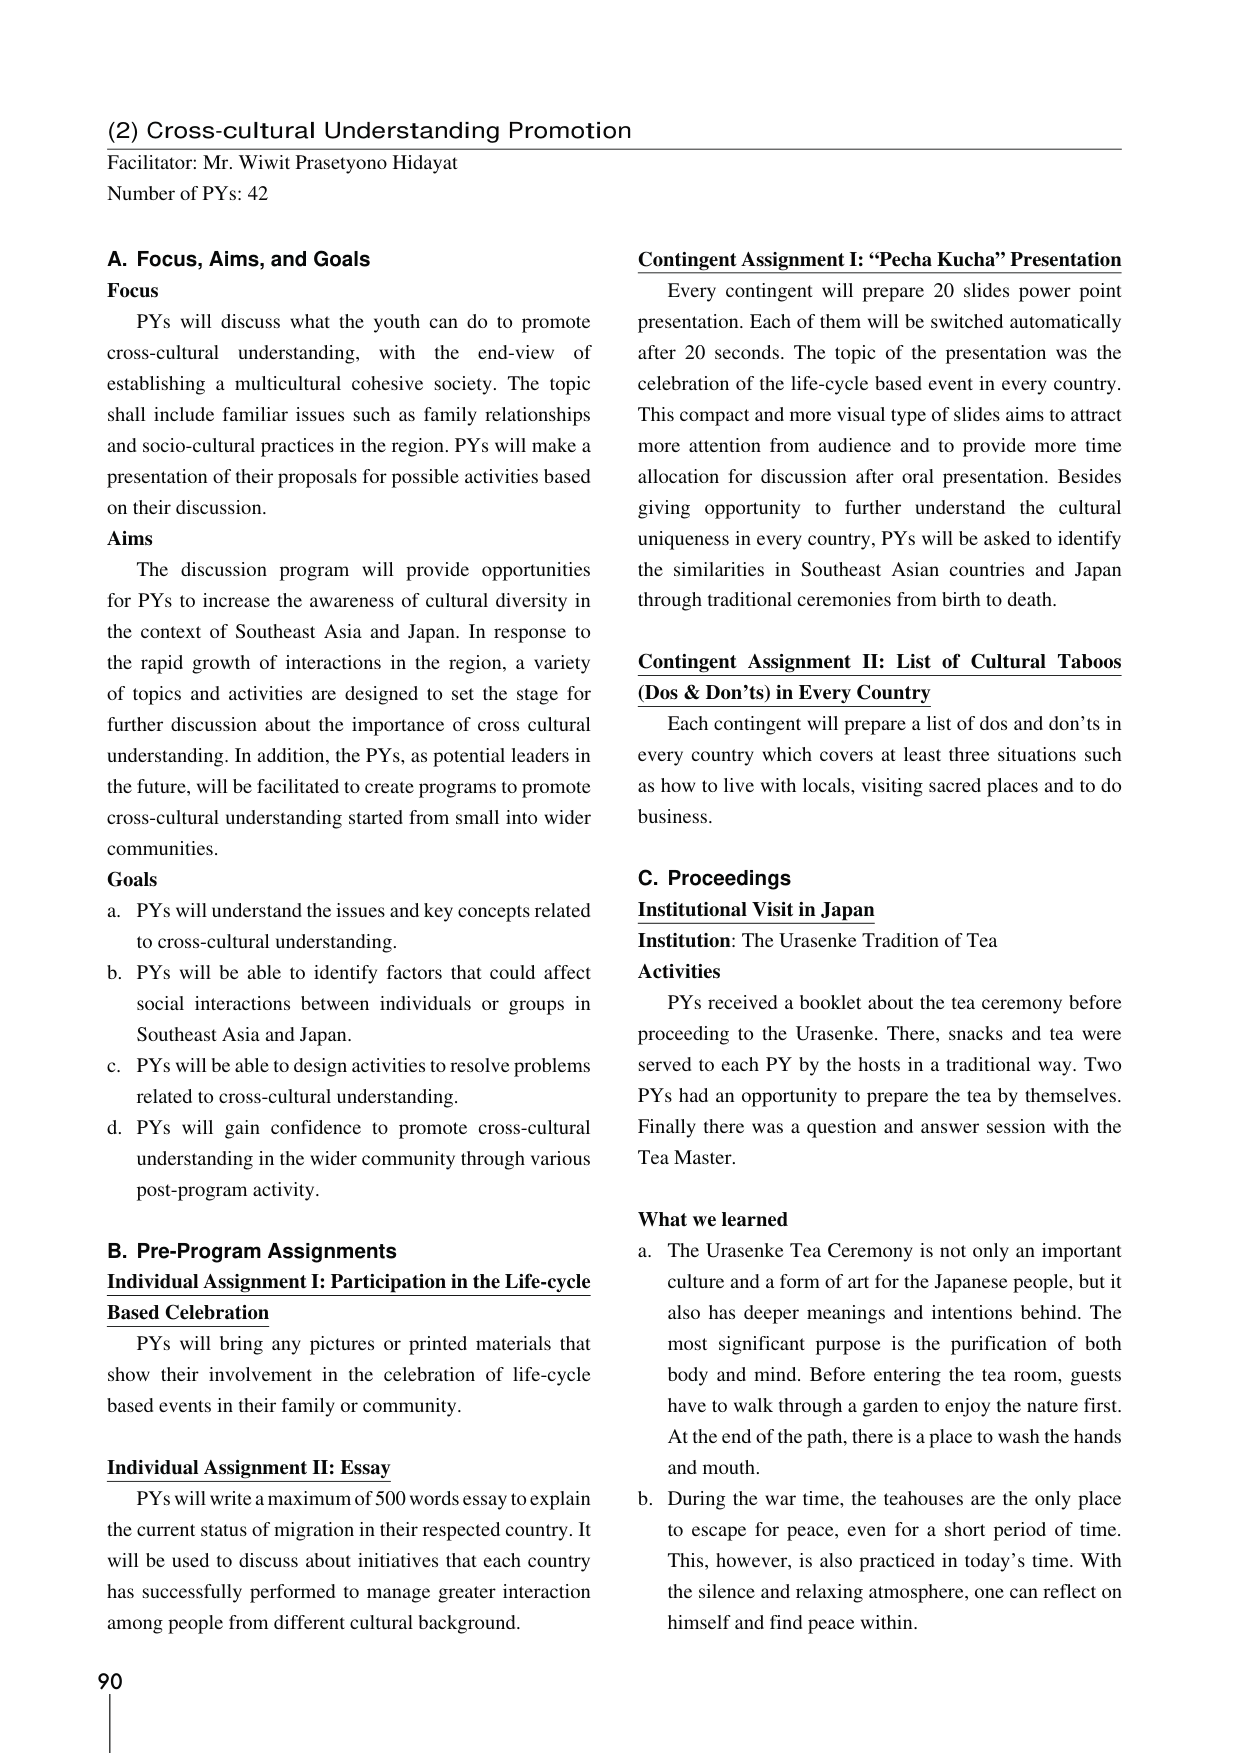
(2) Cross-cultural Understanding Promotion
Facilitator: Mr. Wiwit Prasetyono Hidayat
Number of PYs: 42

A. Focus, Aims, and Goals
Focus
PYs will discuss what the youth can do to promote cross-cultural understanding, with the end-view of establishing a multicultural cohesive society. The topic shall include familiar issues such as family relationships and socio-cultural practices in the region. PYs will make a presentation of their proposals for possible activities based on their discussion.

Aims
The discussion program will provide opportunities for PYs to increase the awareness of cultural diversity in the context of Southeast Asia and Japan. In response to the rapid growth of interactions in the region, a variety of topics and activities are designed to set the stage for further discussion about the importance of cross cultural understanding. In addition, the PYs, as potential leaders in the future, will be facilitated to create programs to promote cross-cultural understanding started from small into wider communities.

Goals
a. PYs will understand the issues and key concepts related to cross-cultural understanding.
b. PYs will be able to identify factors that could affect social interactions between individuals or groups in Southeast Asia and Japan.
c. PYs will be able to design activities to resolve problems related to cross-cultural understanding.
d. PYs will gain confidence to promote cross-cultural understanding in the wider community through various post-program activity.

B. Pre-Program Assignments
Individual Assignment I: Participation in the Life-cycle Based Celebration
PYs will bring any pictures or printed materials that show their involvement in the celebration of life-cycle based events in their family or community.

Individual Assignment II: Essay
PYs will write a maximum of 500 words essay to explain the current status of migration in their respected country. It will be used to discuss about initiatives that each country has successfully performed to manage greater interaction among people from different cultural background.

Contingent Assignment I: “Pecha Kucha” Presentation
Every contingent will prepare 20 slides power point presentation. Each of them will be switched automatically after 20 seconds. The topic of the presentation was the celebration of the life-cycle based event in every country. This compact and more visual type of slides aims to attract more attention from audience and to provide more time allocation for discussion after oral presentation. Besides giving opportunity to further understand the cultural uniqueness in every country, PYs will be asked to identify the similarities in Southeast Asian countries and Japan through traditional ceremonies from birth to death.

Contingent Assignment II: List of Cultural Taboos (Dos & Don’ts) in Every Country
Each contingent will prepare a list of dos and don’ts in every country which covers at least three situations such as how to live with locals, visiting sacred places and to do business.

C. Proceedings
Institutional Visit in Japan
Institution: The Urasenke Tradition of Tea
Activities
PYs received a booklet about the tea ceremony before proceeding to the Urasenke. There, snacks and tea were served to each PY by the hosts in a traditional way. Two PYs had an opportunity to prepare the tea by themselves. Finally there was a question and answer session with the Tea Master.

What we learned
a. The Urasenke Tea Ceremony is not only an important culture and a form of art for the Japanese people, but it also has deeper meanings and intentions behind. The most significant purpose is the purification of both body and mind. Before entering the tea room, guests have to walk through a garden to enjoy the nature first. At the end of the path, there is a place to wash the hands and mouth.
b. During the war time, the teahouses are the only place to escape for peace, even for a short period of time. This, however, is also practiced in today’s time. With the silence and relaxing atmosphere, one can reflect on himself and find peace within.

90